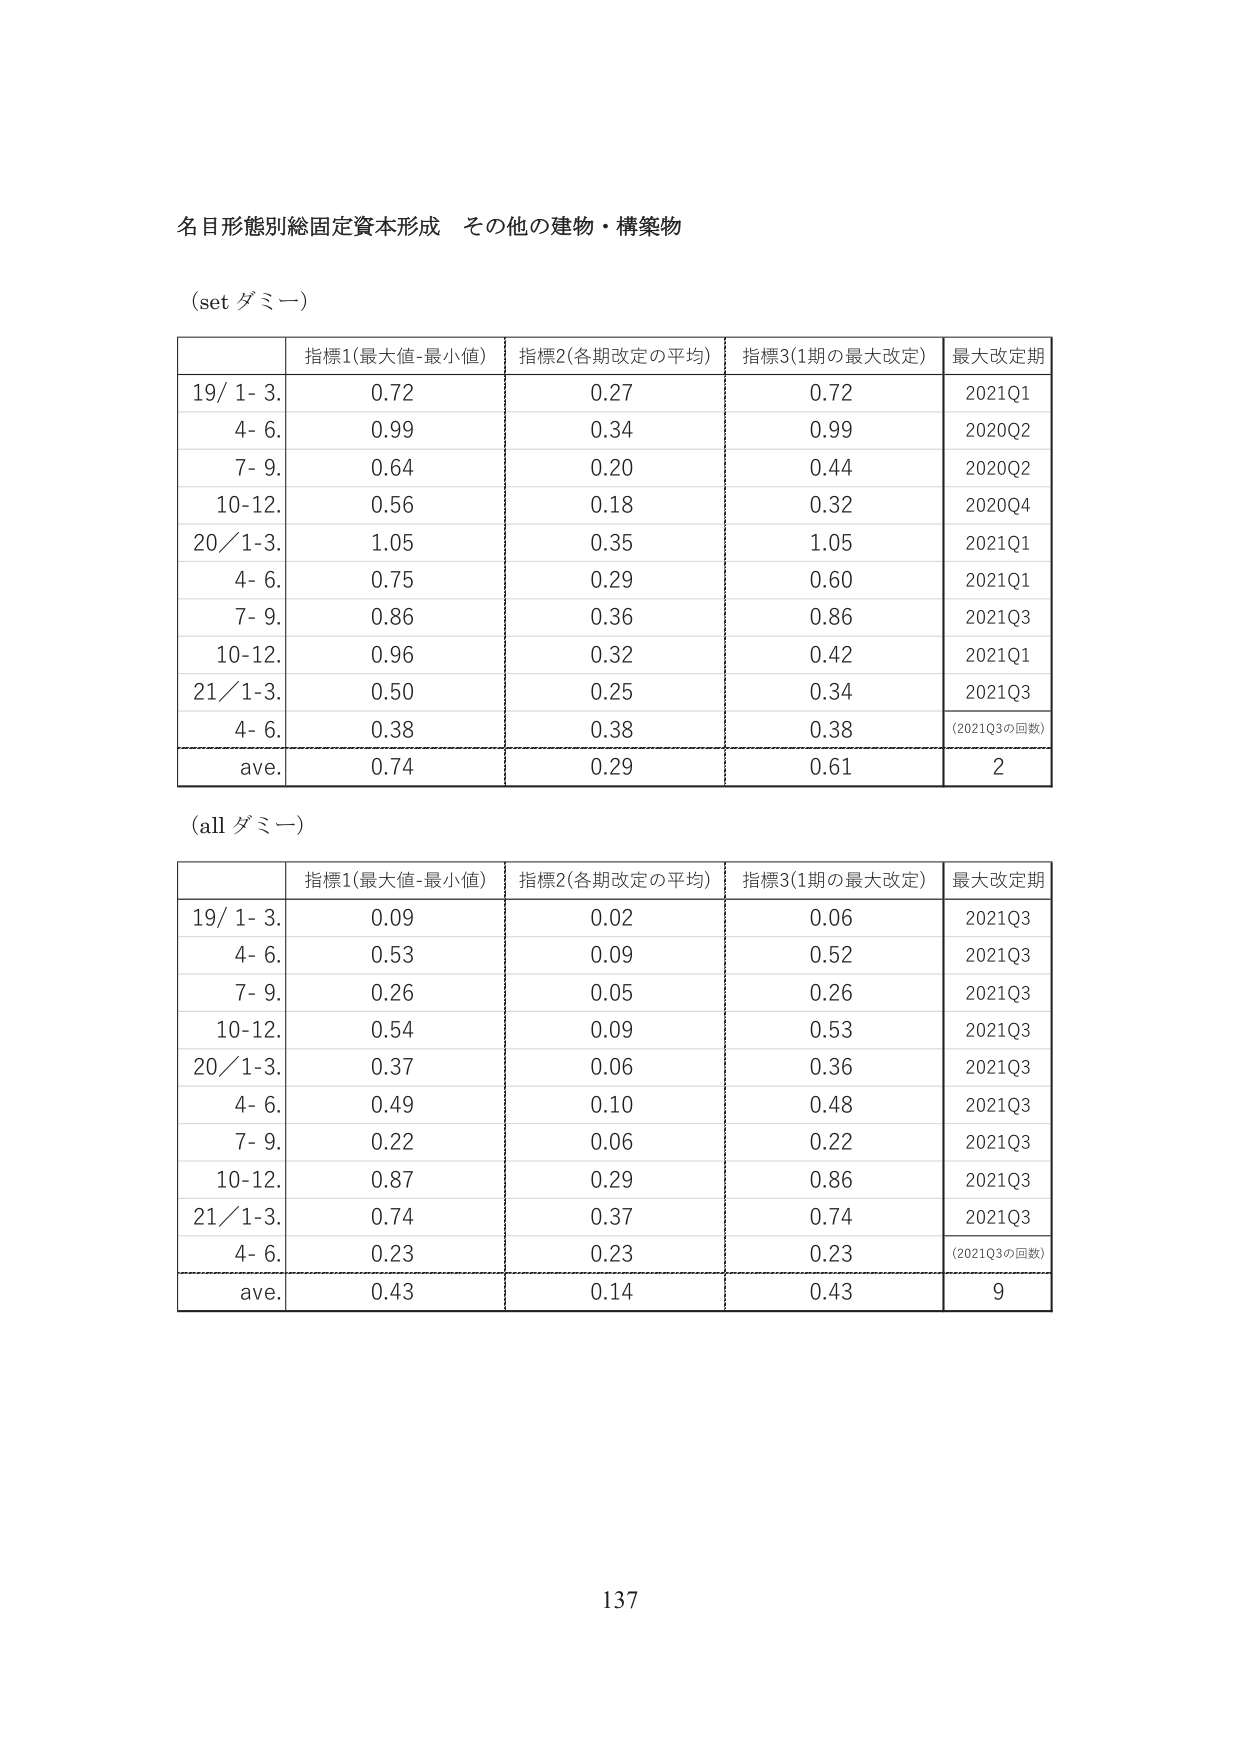
名目形態別総固定資本形成 その他の建物・構築物

(set ダミー)

指標1(最大値-最小値) 指標2(各期改定の平均) 指標3(1期の最大改定) 最大改定期
19/ 1- 3. 0.72 0.27 0.72 2021Q1
4- 6. 0.99 0.34 0.99 2020Q2
7- 9. 0.64 0.20 0.44 2020Q2
10-12. 0.56 0.18 0.32 2020Q4
20/ 1-3. 1.05 0.35 1.05 2021Q1
4- 6. 0.75 0.29 0.60 2021Q1
7- 9. 0.86 0.36 0.86 2021Q3
10-12. 0.96 0.32 0.42 2021Q1
21/ 1-3. 0.50 0.25 0.34 2021Q3
4- 6. 0.38 0.38 0.38 (2021Q3の回数)
ave. 0.74 0.29 0.61 2

(all ダミー)

指標1(最大値-最小値) 指標2(各期改定の平均) 指標3(1期の最大改定) 最大改定期
19/ 1- 3. 0.09 0.02 0.06 2021Q3
4- 6. 0.53 0.09 0.52 2021Q3
7- 9. 0.26 0.05 0.26 2021Q3
10-12. 0.54 0.09 0.53 2021Q3
20/ 1-3. 0.37 0.06 0.36 2021Q3
4- 6. 0.49 0.10 0.48 2021Q3
7- 9. 0.22 0.06 0.22 2021Q3
10-12. 0.87 0.29 0.86 2021Q3
21/ 1-3. 0.74 0.37 0.74 2021Q3
4- 6. 0.23 0.23 0.23 (2021Q3の回数)
ave. 0.43 0.14 0.43 9

137